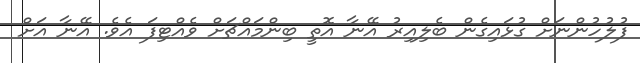
ފުލުހުންނަށް ގުޅައިގެން ބެލިއިރު އޭނާ އޮތީ ބިންމައްޗަށް ވެއްޓިފަ އެވެ. އޭނާ އަށް